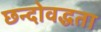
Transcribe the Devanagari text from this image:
छन्दोवद्धता